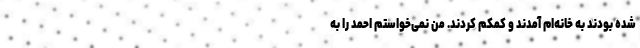
شده بودند به خانه‌ام آمدند و کمکم کردند. من نمی‌خواستم احمد را به